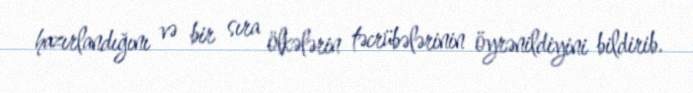
hazırlandığını və bir sıra ölkələrin təcrübələrinin öyrənildiyini bildirib.